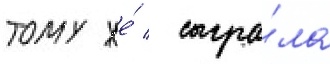
тому же́ / сыгра́ла